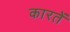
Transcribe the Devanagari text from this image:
कारतें